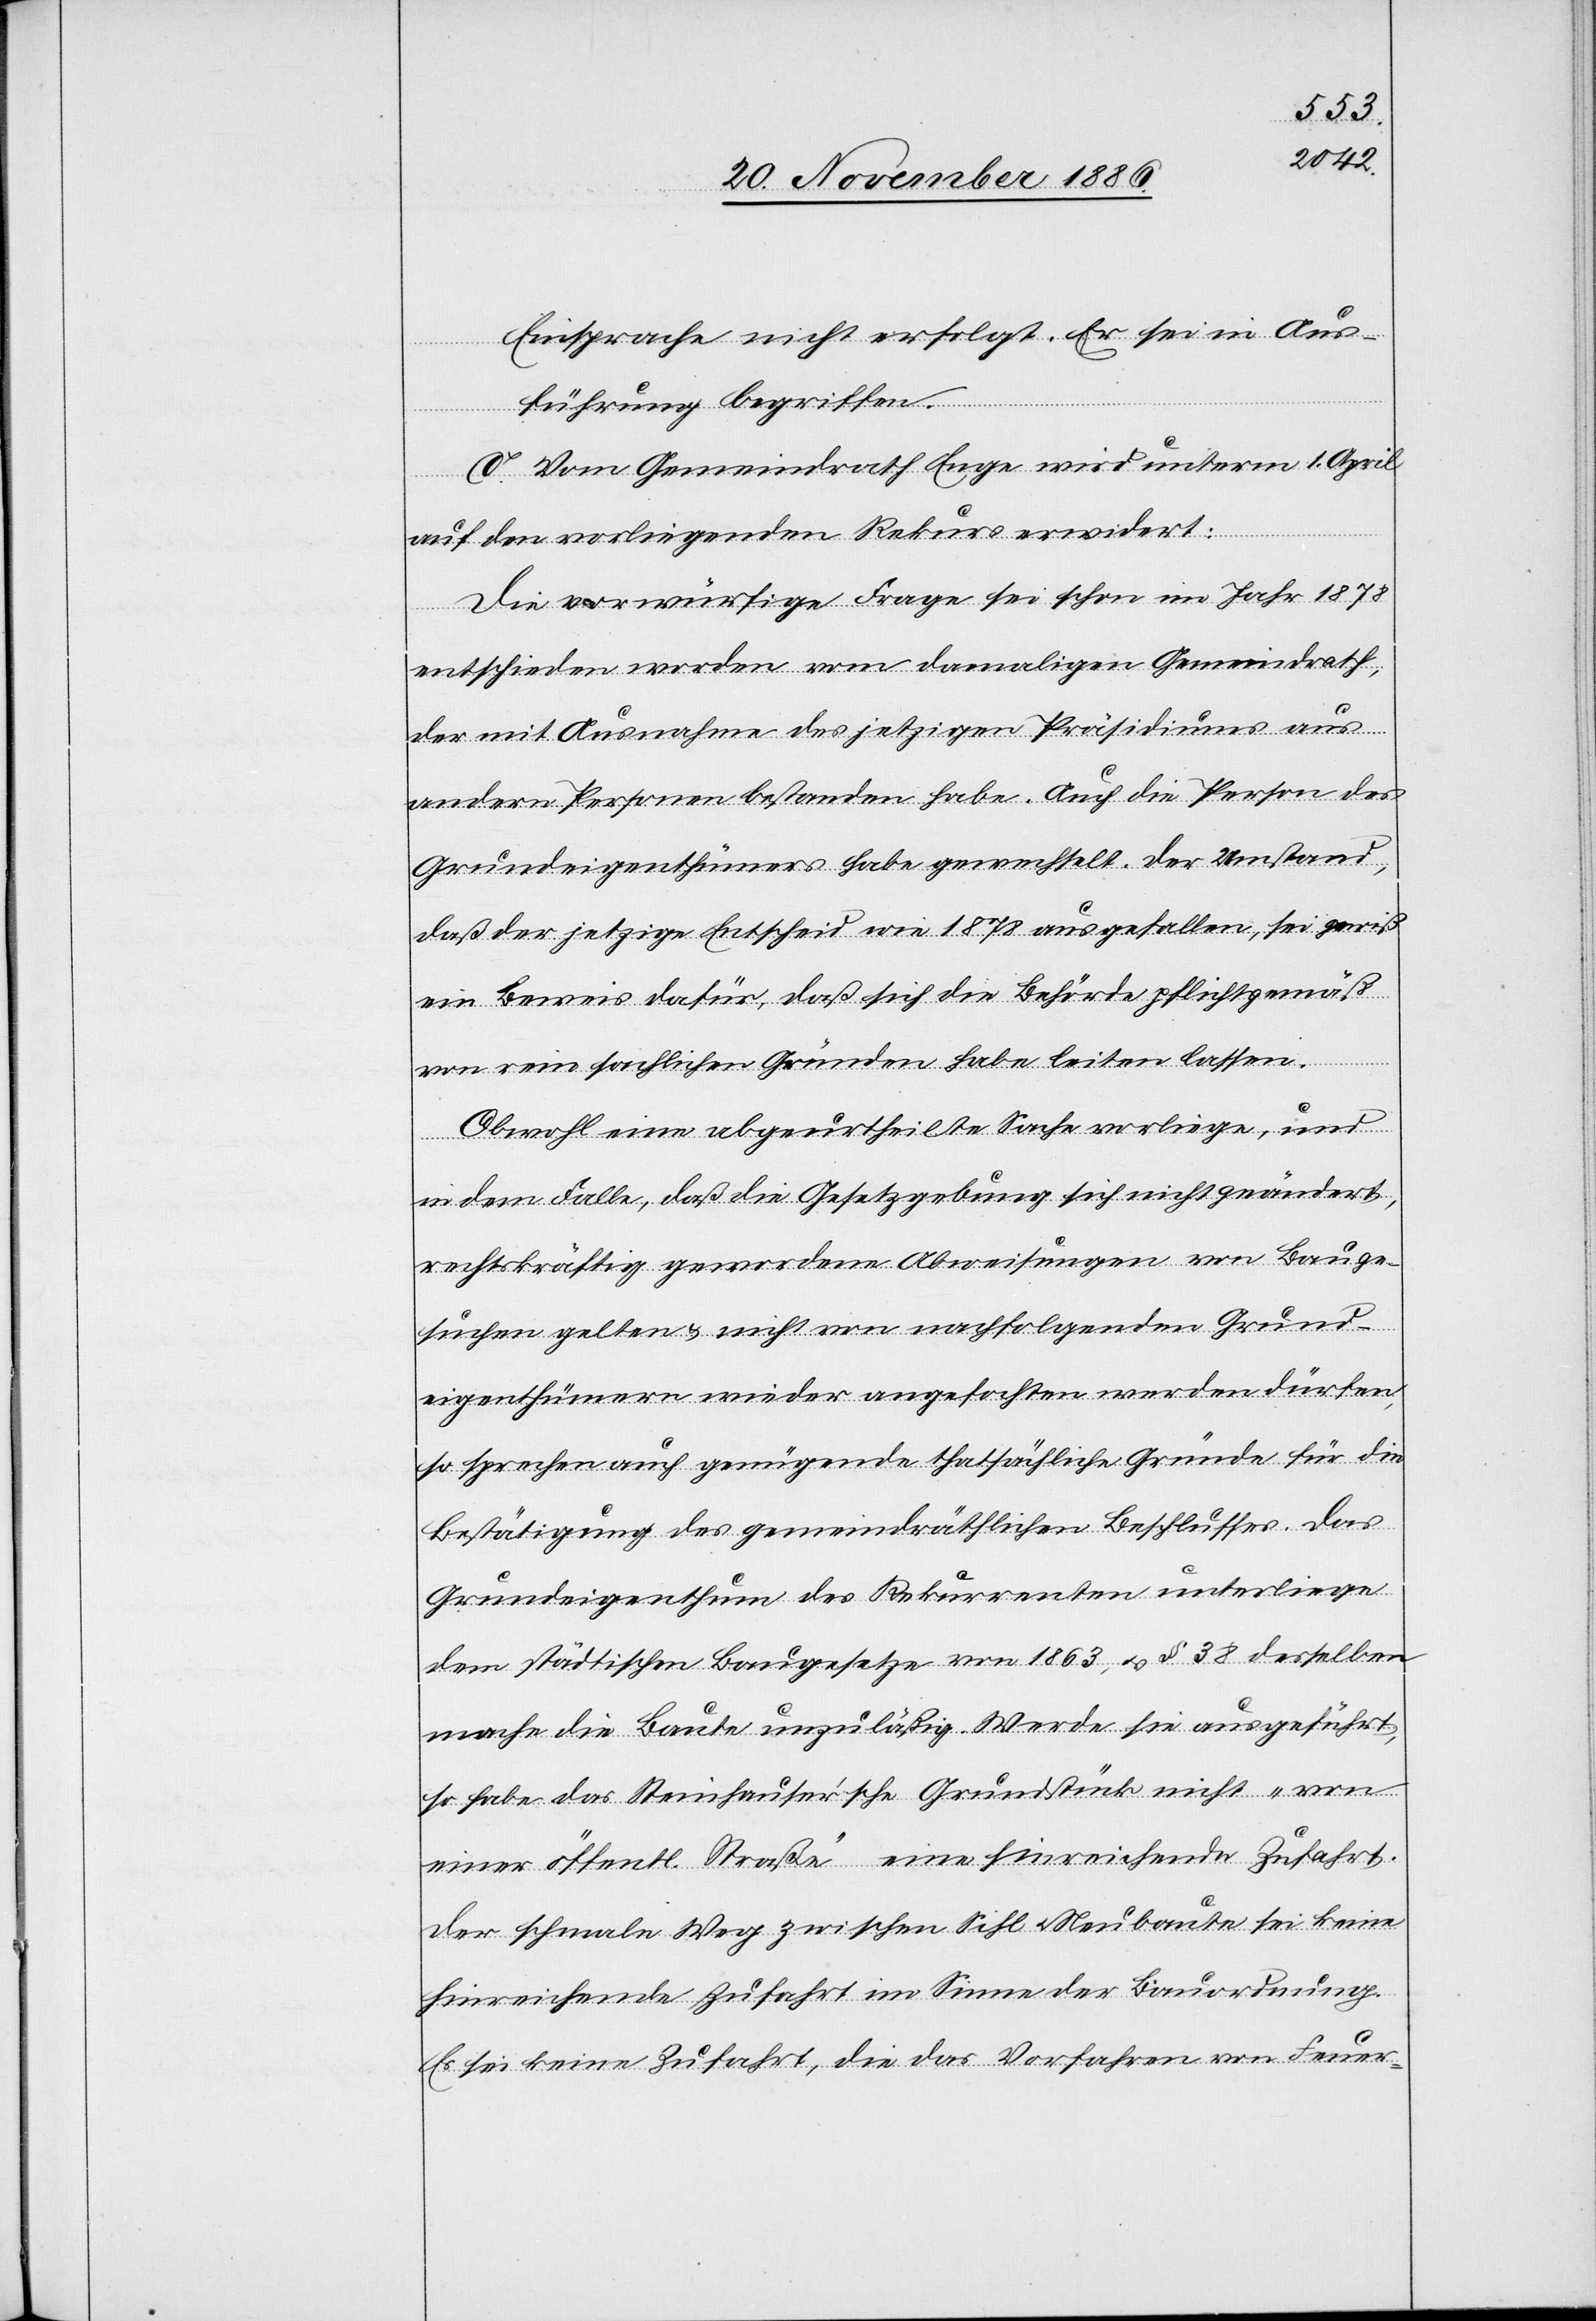
Einsprache nicht erfolgt. Er sei in Aus¬
führung begriffen.
C. Vom Gemeindrath Enge wird unterm 1. April
auf den vorliegenden Rekurs erwidert:
Die vorwürfige Frage sei schon im Jahr 1878
entschieden worden vom damaligen Gemeindrath,
der mit Ausnahme des jetzigen Präsidiums aus
andern Personen bestanden habe. Auch die Person des
Grundeigenthümers habe gewechselt. Der Umstand,
daß der jetzige Entscheid wie 1878 ausgefallen, sei gewiß
ein Beweis dafür, daß sich die Behörde pflichtgemäß
von rein sachlichen Gründen habe leiten lassen.
Obwohl eine abgeurtheilte Sache vorliege, und
in dem Falle, daß die Gesetzgebung sich nicht geändert,
rechtskräftig gewordene Abweisungen von Bauge¬
suchen gelten & nicht von nachfolgenden Grund¬
eigenthümern wieder angefochten werden dürfen;
so sprechen auch genügende thatsächliche Gründe für die
Bestätigung des gemeindräthlichen Beschlusses. Das
Grundeigenthum des Rekurrenten unterliege
dem städtischen Baugesetze von 1863, & § 38 desselben
mache die Baute unzuläßig. Werde sie ausgeführt,
so habe das Steinhauser’sche Grundstück nicht „von
einer öffentl. Straße“ eine hinreichende Zufahrt.
Der schmale Weg zwischen Sihl & Neubaute sei keine
hinreichende Zufahrt im Sinne der Bauordnung.
Es sei keine Zufahrt, die das Vorfahren von Feuer-